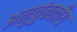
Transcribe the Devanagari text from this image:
अनुचुंबकीय